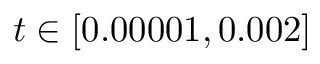
t \in [ 0 . 0 0 0 0 1 , 0 . 0 0 2 ]